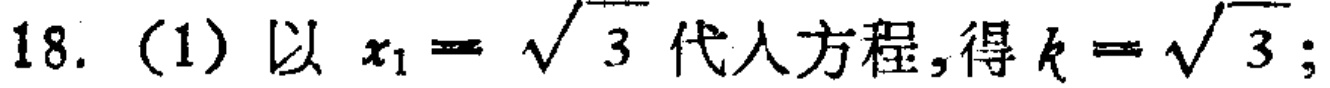
18. (1) 以 \(x_1 = \sqrt{3}\) 代入方程,得 \(k = \sqrt{3}\);